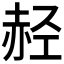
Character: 𫎭